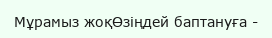
Мұрамыз жоқӨзіңдей баптануға -